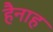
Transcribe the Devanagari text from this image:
हैनाह